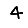
Digit: 4